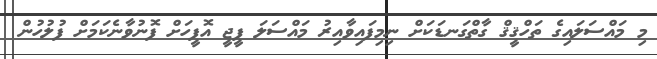
މި މައްސަލައިގެ ތަހްޤީޤް ގާތްގަނޑަކަށް ނިމިފައިވާއިރު މައްސަލަ ޕީޖީ އޮފީހަށް ފޮނުވާނެކަމަށް ފުލުހުން